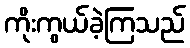
ကိုးကွယ်ခဲ့ကြသည်